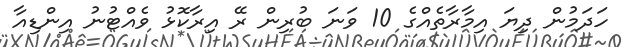
ހަދަމުން ދިޔަ އިމާރާތެއްގެ 10 ވަނަ ބުރިން ރޭ އިރާކޮޅު ވެއްޓުނު އިންޑިއާ